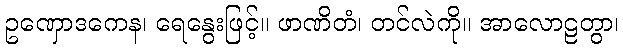
ဥဏှောဒကေန၊ ရေနွေးဖြင့်။ ဖာဏိတံ၊ တင်လဲကို။ အာလောဠတွာ၊